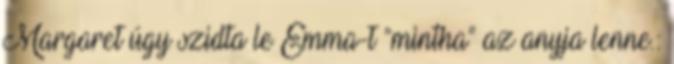
Margaret úgy szidta le Emma-t “mintha” az anyja lenne.: